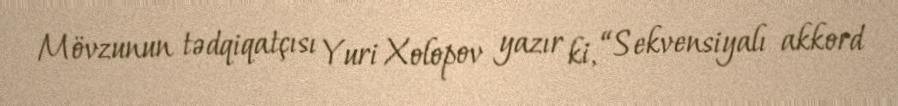
Mövzunun tədqiqatçısı Yuri Xolopov yazır ki, “Sekvensiyalı akkord